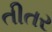
તીતર